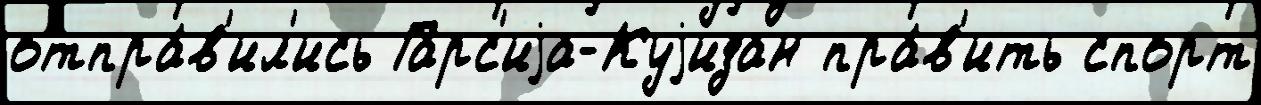
отпра́в'ил'ись Гарс'иjа-Куjизан пра́в'ить спорт